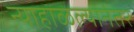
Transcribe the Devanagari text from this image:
न्याहाळल्यानंतर